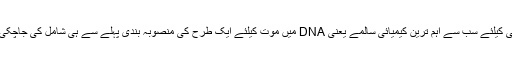
اور اب تو طبیب اور سائنسداں یہاں تک جان چکے ہیں کہ زندگی کیلئے سب سے اہم ترین کیمیائی سالمے یعنی DNA میں موت کیلئے ایک طرح کی منصوبہ بندی پہلے سے ہی شامل کی جاچکی ہے جو ایک گھڑی کی طرح موت کے لمحات گنتی رہتی ہے۔